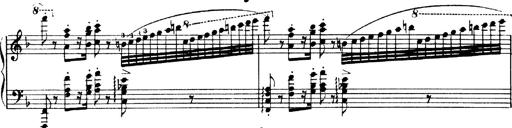
Title: Andante Finale und Marsch aus der Oper KÃ¶nig Alfred
Composer: Franz Liszt